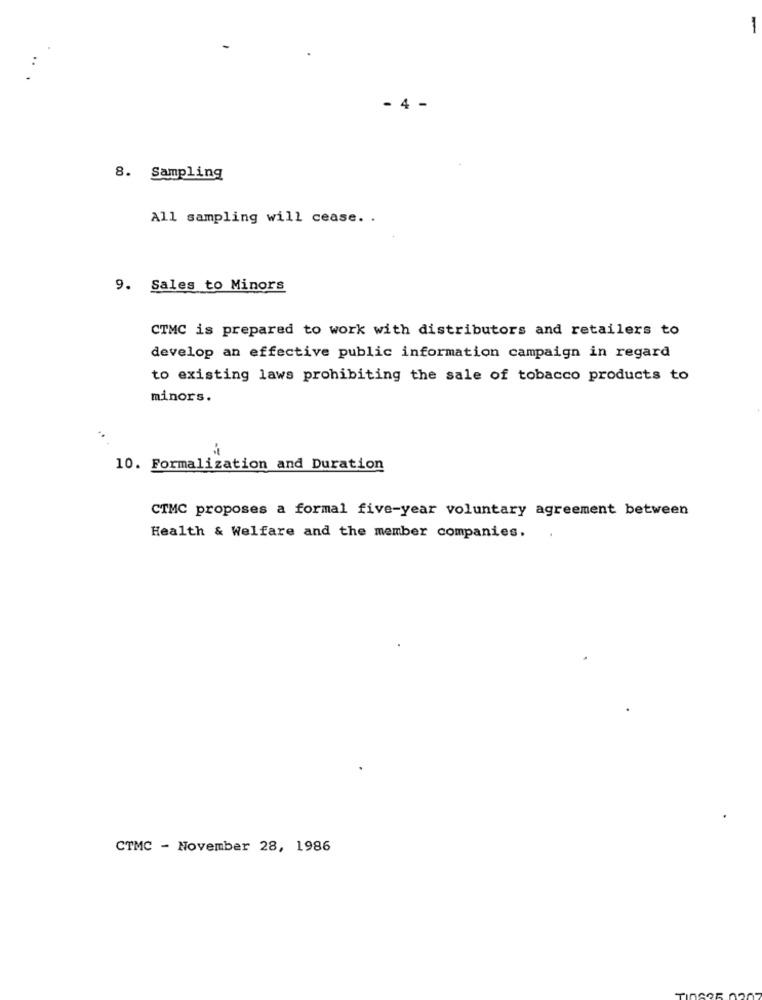
- 4 -
8. Sampling
All sampling will cease. .
9. Sales to Minors
CTMC is prepared to work with distributors and retailers to
develop an effective public information campaign in regard
to existing laws prohibiting the sale of tobacco products to
minors.
10. Formalization and Duration
CTMC proposes a formal five-year voluntary agreement between
Health & Welfare and the member companies.
CTMC - November 28, 1986